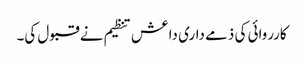
کارروائی کی ذمے داری داعش تنظیم نے قبول کی۔